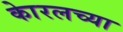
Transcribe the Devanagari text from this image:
काेरलच्या